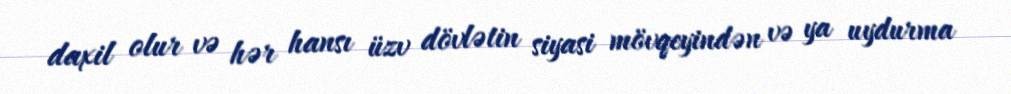
daxil olur və hər hansı üzv dövlətin siyasi mövqeyindən və ya uydurma